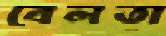
বেলতা